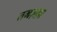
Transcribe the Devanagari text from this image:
तमज़ग़ा